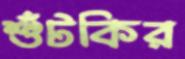
শুঁটকির